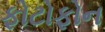
ફોટોફોન